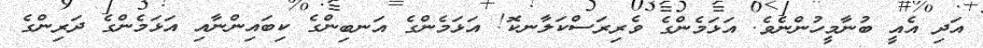
އަދި އެއީ ބުނާމީހުންނެވެ. އަޅަމެންގެ ވެރިރަސްކަލާނކޮ! އަޅަމެންގެ އަނބިންގެ ކިބައިންނާއި އަޅަމެންގެ ދަރިންގެ